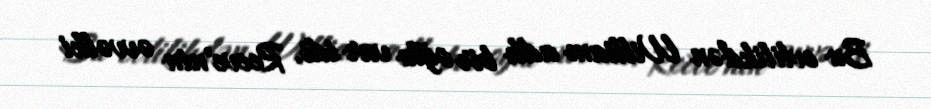
Bu evlilikdən William adlı bir oğlu var idi. Reeve'nin əvvəlki